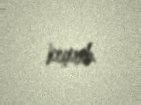
keçirib.